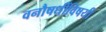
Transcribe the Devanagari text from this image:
वनौषधींविषयी